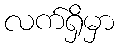
လက်ရှိမှာ